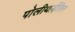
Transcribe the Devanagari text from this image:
पोलीथाईलिन